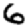
Digit: 6